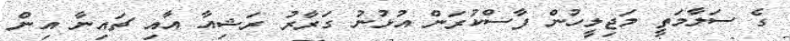
ގެ ސަލާމަތީ މަޖިލީހުން ފާސްކުރަން އުޅުނު ގަރާރު ރަޝިއާ އާއި ޗައިނާ އިން